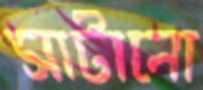
সাটানো